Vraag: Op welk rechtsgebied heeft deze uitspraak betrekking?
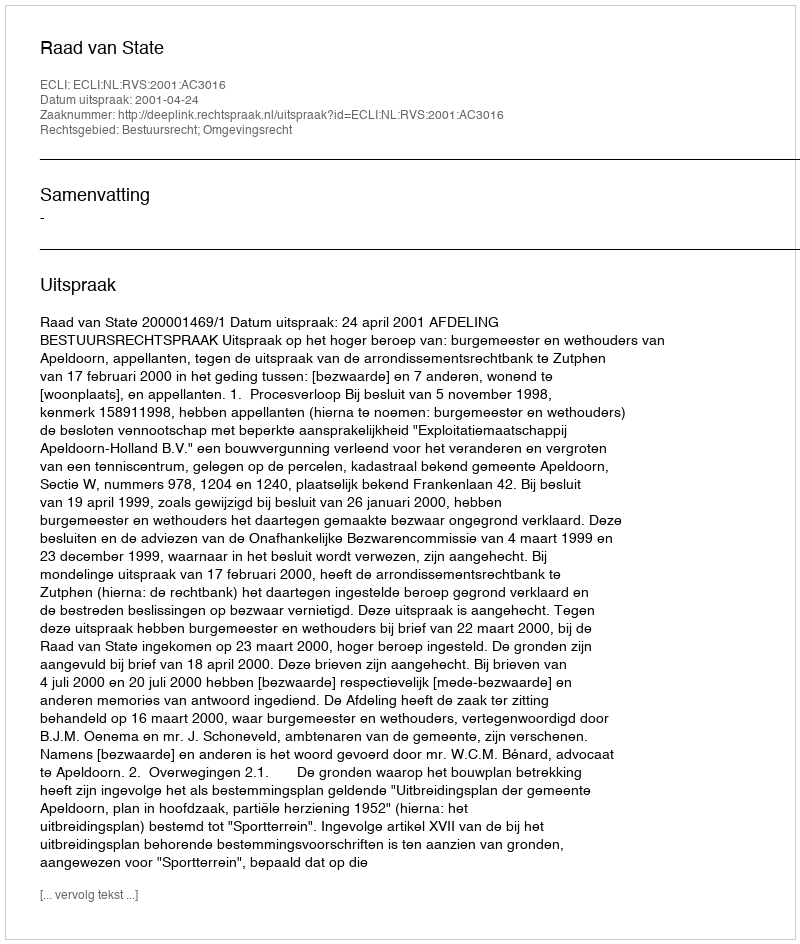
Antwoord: Bestuursrecht; Omgevingsrecht